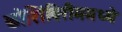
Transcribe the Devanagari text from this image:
कोशिंबिरीममध्ये